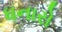
ધનારો